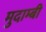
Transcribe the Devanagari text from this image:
मुदाम्बी